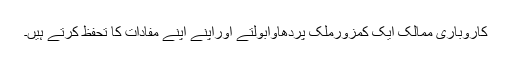
کاروباری ممالک ایک کمزورملک پردھاوابولتے اوراپنے اپنے مفادات کا تحفظ کرتے ہیں۔